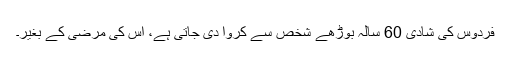
فردوس کی شادی 60 سالہ بوڑھے شخص سے کروا دی جاتی ہے، اس کی مرضی کے بغیر۔